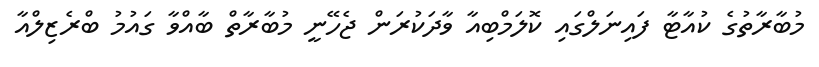
މުބާރާތުގެ ކުއާޓާ ފައިނަލްގައި ކޮލަމްބިއާ ވާދަކުރަން ޖެހޭނީ މުބާރާތް ބާއްވާ ގައުމު ބްރެޒިލްއާ